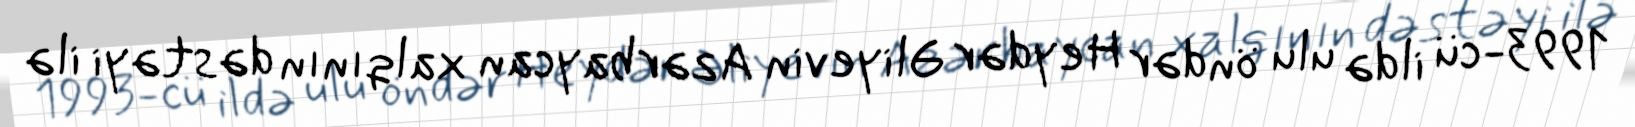
1993-cü ildə ulu öndər Heydər Əliyevin Azərbaycan xalqının dəstəyi ilə